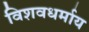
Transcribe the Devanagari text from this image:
विशवधर्माय